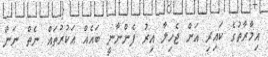
އިމާރާތުގެ ކައިރި އަށް ޖެހިލާ އިރު ފެންނާނީ ބައެއް އަކުރުތައް ނެތް ނަން